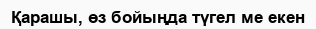
Қарашы, өз бойыңда түгел ме екен